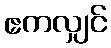
ဧကလျှင်